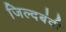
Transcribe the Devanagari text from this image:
जिल्दबंदी